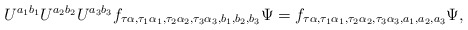
\begin{align*}U^{a_1b_1} U^{a_2b_2}U^{a_3b_3}f_{\tau \alpha,\tau_1 \alpha_1,\tau_2\alpha_2, \tau_3 \alpha_3,b_1,b_2,b_3}\Psi= f_{\tau \alpha,\tau_1 \alpha_1,\tau_2 \alpha_2,\tau_3 \alpha_3,a_1,a_2,a_3} \Psi,\end{align*}